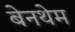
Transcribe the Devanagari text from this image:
बेनथेम